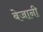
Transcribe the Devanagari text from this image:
बेजानी